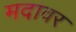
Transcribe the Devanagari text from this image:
मदावर